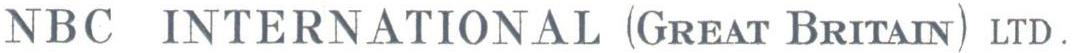
NBC INTERNATIONAL (GREAT BRITAIN) LTD.